Annual administration report of the Civil Veterinary Department of India - 1898-1899
Year: 1898
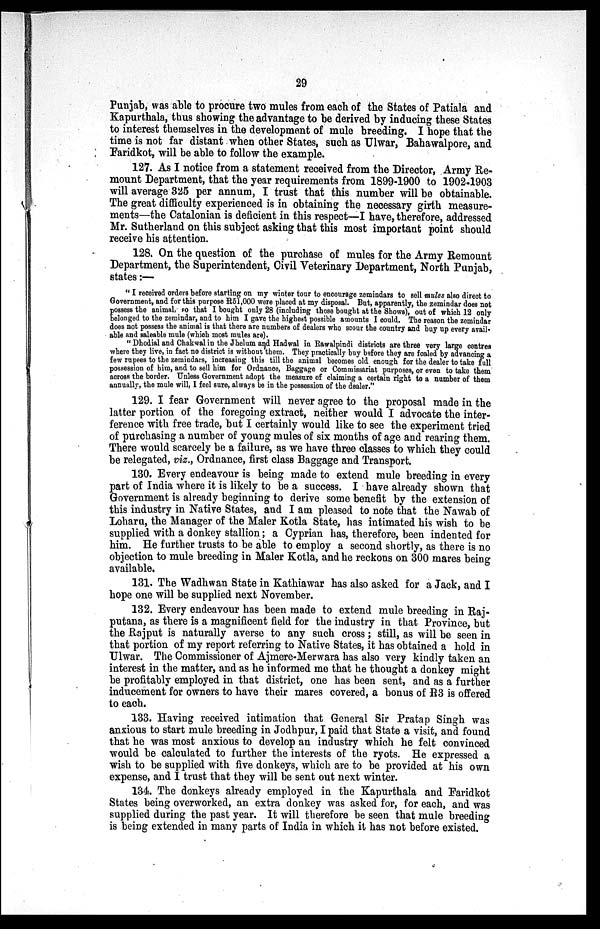
29
Punjab, was able to procure two mules from each of the States of Patiala and
Kapurthala, thus showing the advantage to be derived by inducing these States
to interest themselves in the development of mule breeding. I hope that the
time is not far distant when other States, such as Ulwar, Bahawalpore, and
Faridkot, will be able to follow the example.
127. As I notice from a statement received from the Director, Army Re-
mount Department, that the year requirements from 1899-1900 to 1902-1903
will average 325 per annum, I trust that this number will be obtainable.
The great difficulty experienced is in obtaining the necessary girth measure-
ments—the Catalonian is deficient in this respect—I have, therefore, addressed
Mr. Sutherland on this subject asking that this most important point should
receive his attention.
128. On the question of the purchase of mules for the Army Remount
Department, the Superintendent, Civil Veterinary Department, North Punjab,
states:—
"I received orders before starting on my winter tour to encourage zemindars to sell mules also direct to
Government, and for this purpose R51,000 were placed at my disposal. But, apparently, the zemindar does not
possess the animal, so that I bought only 28 (including those bought at the Shows), out of which 12 only
belonged to the zemindar, and to him I gave the highest possible amounts I could. The reason the zemindar
does not possess the animal is that there are numbers of dealers who scour the country and buy up every avail-
able and saleable mule (which most mules are).
"Dhodial and Chakwal in the Jhelum and Hadwal in Rawalpindi districts are three very large centres
where they live, in fact no district is without them. They practically buy before they are foaled by advancing a
few rupees to the zemindars, increasing this till the animal becomes old enough for the dealer to take full
possession of him, and to sell him for Ordnance, Baggage or Commissariat purposes, or even to take them
across the border. Unless Government adopt the measure of claiming a certain right to a number of them
annually, the mule will, I feel sure, always be in the possession of the dealer."
129. I fear Government will never agree to the proposal made in the
latter portion of the foregoing extract, neither would I advocate the inter-
ference with free trade, but I certainly would like to see the experiment tried
of purchasing a number of young mules of six months of age and rearing them.
There would scarcely be a failure, as we have three classes to which they could
be relegated, viz., Ordnance, first class Baggage and Transport.
130. Every endeavour is being made to extend mule breeding in every
part of India where it is likely to be a success. I have already shown that
Government is already beginning to derive some benefit by the extension of
this industry in Native States, and I am pleased to note that the Nawab of
Loharu, the Manager of the Maler Kotla State, has intimated his wish to be
supplied with a donkey stallion; a Cyprian has, therefore, been indented for
him. He further trusts to be able to employ a second shortly, as there is no
objection to mule breeding in Maler Kotla, and he reckons on 300 mares being
available.
131. The Wadhwan State in Kathiawar has also asked for a Jack, and I
hope one will be supplied next November.
132. Every endeavour has been made to extend mule breeding in Raj-
putana, as there is a magnificent field for the industry in that Province, but
the Rajput is naturally averse to any such cross; still, as will be seen in
that portion of my report referring to Native States, it has obtained a hold in
Ulwar. The Commissioner of Ajmere-Merwara has also very kindly taken an
interest in the matter, and as he informed me that he thought a donkey might
be profitably employed in that district, one has been sent, and as a further
inducement for owners to have their mares covered, a bonus of R3 is offered
to each.
133. Having received intimation that General Sir Pratap Singh was
anxious to start mule breeding in Jodhpur, I paid that State a visit, and found
that he was most anxious to develop an industry which he felt convinced
would be calculated to further the interests of the ryots. He expressed a
wish to be supplied with five donkeys, which are to be provided at his own
expense, and I trust that they will be sent out next winter.
134. The donkeys already employed in the Kapurthala and Faridkot
States being overworked, an extra donkey was asked for, for each, and was
supplied during the past year. It will therefore be seen that mule breeding
is being extended in many parts of India in which it has not before existed.